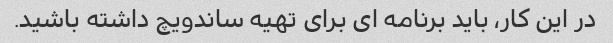
در این کار، باید برنامه ای برای تهیه ساندویچ داشته باشید.